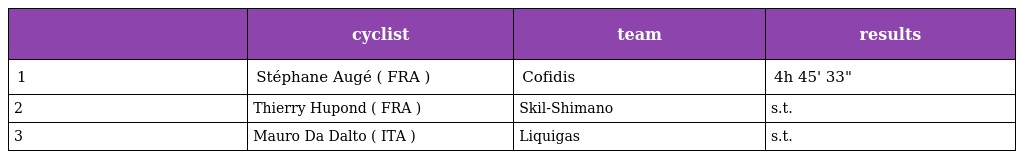
|  | cyclist | team | results |
 | --- | --- | --- | --- |
 | 1 | Stéphane Augé ( FRA ) | Cofidis | 4h 45' 33" |
 | 2 | Thierry Hupond ( FRA ) | Skil-Shimano | s.t. |
 | 3 | Mauro Da Dalto ( ITA ) | Liquigas | s.t. |